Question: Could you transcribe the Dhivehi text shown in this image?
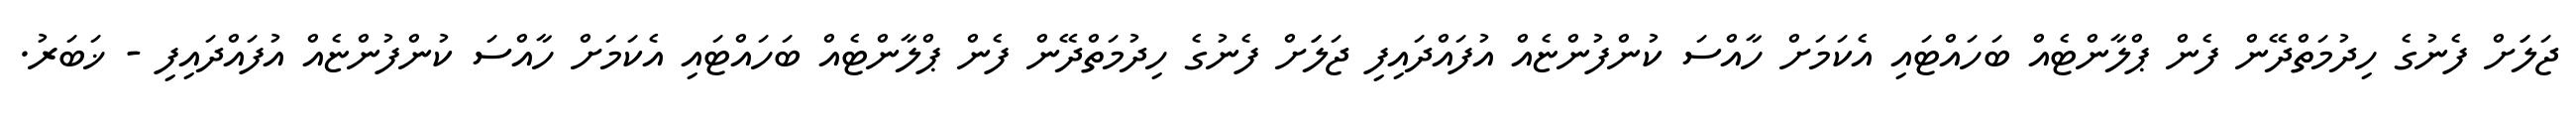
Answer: ޖަލަަށް ފެނުގެ ހިދުމަތްދޭން ފެން ޕްލާންޓެއް ބަހައްޓައި އެކަމަށް ހާއްސަ ކުންފުންޏެއް އުފައްދައިފި ޖަލަަށް ފެނުގެ ހިދުމަތްދޭން ފެން ޕްލާންޓެއް ބަހައްޓައި އެކަމަށް ހާއްސަ ކުންފުންޏެއް އުފައްދައިފި - ޚަބަރު.